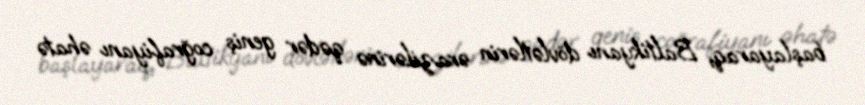
başlayaraq, Baltikyanı dövlətlərin ərazilərinə qədər geniş coğrafiyanı əhatə